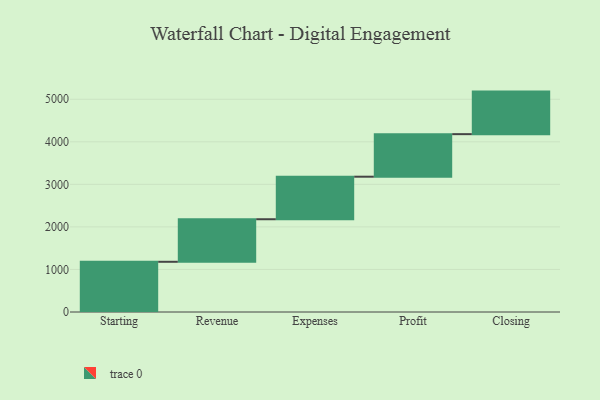
{"axis": {"x": "Step", "y": "Value"}, "legend": [""], "data": [{"x": "Starting", "y": 1180.0, "type": ""}, {"x": "Revenue", "y": 1000, "type": ""}, {"x": "Expenses", "y": 1000, "type": ""}, {"x": "Profit", "y": 1000, "type": ""}, {"x": "Closing", "y": 1000, "type": ""}]}